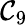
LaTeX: \mathcal{C}_{9}